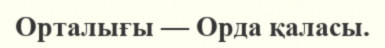
Орталығы — Орда қаласы.